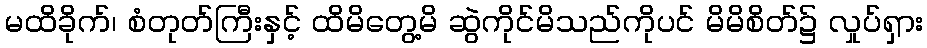
မထိခိုက်၊ စံတုတ်ကြီးနှင့် ထိမိတွေ့မိ ဆွဲကိုင်မိသည်ကိုပင် မိမိစိတ်၌ လှုပ်ရှား